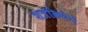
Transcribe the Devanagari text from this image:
शत्रक्रियेने